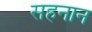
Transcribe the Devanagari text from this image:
सहनान